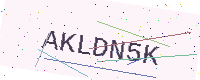
Text: AKLDN5K